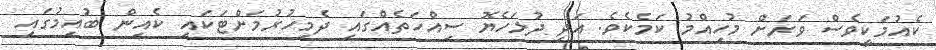
ކެއުމަކީވެސް ވަރަށް މުހިއްމު ކަމެކެވެ. އަދި ދުުޅަހެޔޮ ސިއްހަތެއްގައި ދެމިހުރުމަށްޓަކައި ކެއިން ބުއިމުގައި